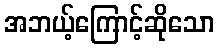
အဘယ့်ကြောင့်ဆိုသော